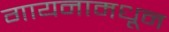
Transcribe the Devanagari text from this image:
गायनामधून